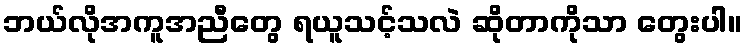
ဘယ်လိုအကူအညီတွေ ရယူသင့်သလဲ ဆိုတာကိုသာ တွေးပါ။